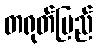
တရုတ်ပြည်